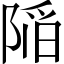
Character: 𨺻